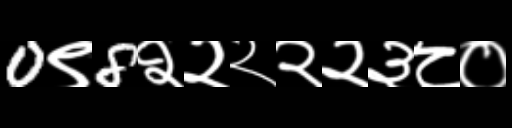
Text: 0९8२२२२२३८०